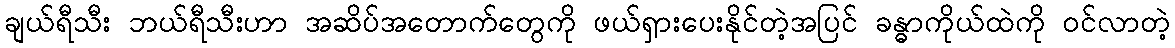
ချယ်ရီသီး ဘယ်ရီသီးဟာ အဆိပ်အတောက်တွေကို ဖယ်ရှားပေးနိုင်တဲ့အပြင် ခန္ဓာကိုယ်ထဲကို ဝင်လာတဲ့